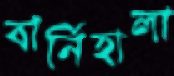
বার্নিহালা